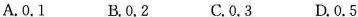
A.0.1 B.0.2 C.0.3 D.0.5